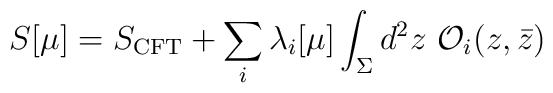
S[\mu]=S_{\rm CFT}+\sum_i\lambda_i[\mu]\int_{\Sigma}d^2z~{\cal O}_i(z,\bar z)